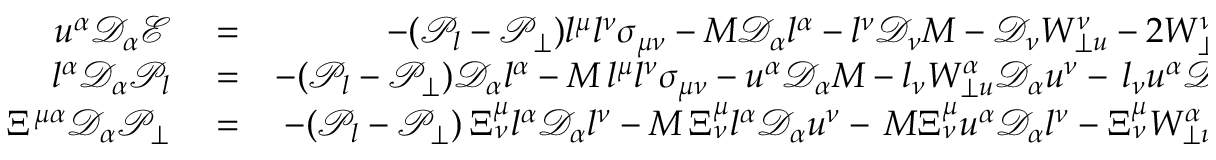
\begin{array} { r l r } { u ^ { \alpha } \mathcal { D } _ { \alpha } \mathcal { E } } & { { } = } & { - ( \mathcal { P } _ { l } - \mathcal { P } _ { \perp } ) l ^ { \mu } l ^ { \nu } \sigma _ { \mu \nu } - M \mathcal { D } _ { \alpha } l ^ { \alpha } - l ^ { \nu } \mathcal { D } _ { \nu } M - \mathcal { D } _ { \nu } W _ { \perp u } ^ { \nu } - 2 W _ { \perp l } ^ { \nu } l ^ { \alpha } \sigma _ { \alpha \nu } } \\ { l ^ { \alpha } \mathcal { D } _ { \alpha } \mathcal { P } _ { l } } & { { } = } & { - ( \mathcal { P } _ { l } - \mathcal { P } _ { \perp } ) \mathcal { D } _ { \alpha } l ^ { \alpha } - M \, l ^ { \mu } l ^ { \nu } \sigma _ { \mu \nu } - u ^ { \alpha } \mathcal { D } _ { \alpha } M - l _ { \nu } W _ { \perp u } ^ { \alpha } \mathcal { D } _ { \alpha } u ^ { \nu } - \, l _ { \nu } u ^ { \alpha } \mathcal { D } _ { \alpha } W _ { \perp u } ^ { \nu } } \\ { \Xi ^ { \mu \alpha } \mathcal { D } _ { \alpha } \mathcal { P _ { \perp } } } & { { } = } & { - ( \mathcal { P } _ { l } - \mathcal { P } _ { \perp } ) \, \Xi _ { \nu } ^ { \mu } l ^ { \alpha } \mathcal { D } _ { \alpha } l ^ { \nu } - M \, \Xi _ { \nu } ^ { \mu } l ^ { \alpha } \mathcal { D } _ { \alpha } u ^ { \nu } - \, M \Xi _ { \nu } ^ { \mu } u ^ { \alpha } \mathcal { D } _ { \alpha } l ^ { \nu } - \Xi _ { \nu } ^ { \mu } W _ { \perp u } ^ { \alpha } \mathcal { D } _ { \alpha } u ^ { \nu } } \end{array}